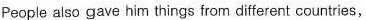
People also gave him things from different countries,